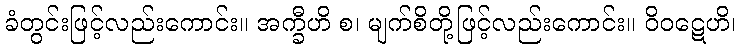
ခံတွင်းဖြင့်လည်းကောင်း။ အက္ခီဟိ စ၊ မျက်စိတို့ဖြင့်လည်းကောင်း။ ဝိဝဋေဟိ၊